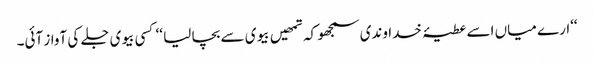
‘‘ارے میاں اسے عطیۂ خداوندی سمجھو کہ تمھیں بیوی سے بچا لیا ‘‘ کسی بیوی جلے کی آواز آئی۔